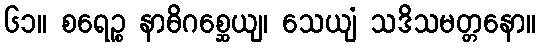
၆၁။ စရေဉ္စ နာဓိဂစ္ဆေယျ၊ သေယျံ သဒိသမတ္တနော။